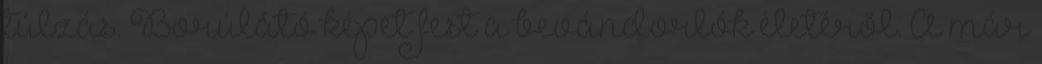
túlzás. Borúlátó képet fest a bevándorlók életéről. A már